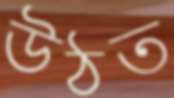
উঠত